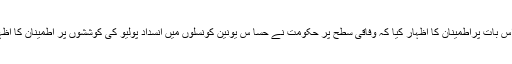
اجلاس نے اس بات پراطمینان کا اظہار کیا کہ وفاقی سطح پر حکومت نے حسا س یونین کونسلوں میں انسداد پولیو کی کوششوں پر اطمینان کا اظہار کیا ہے ۔